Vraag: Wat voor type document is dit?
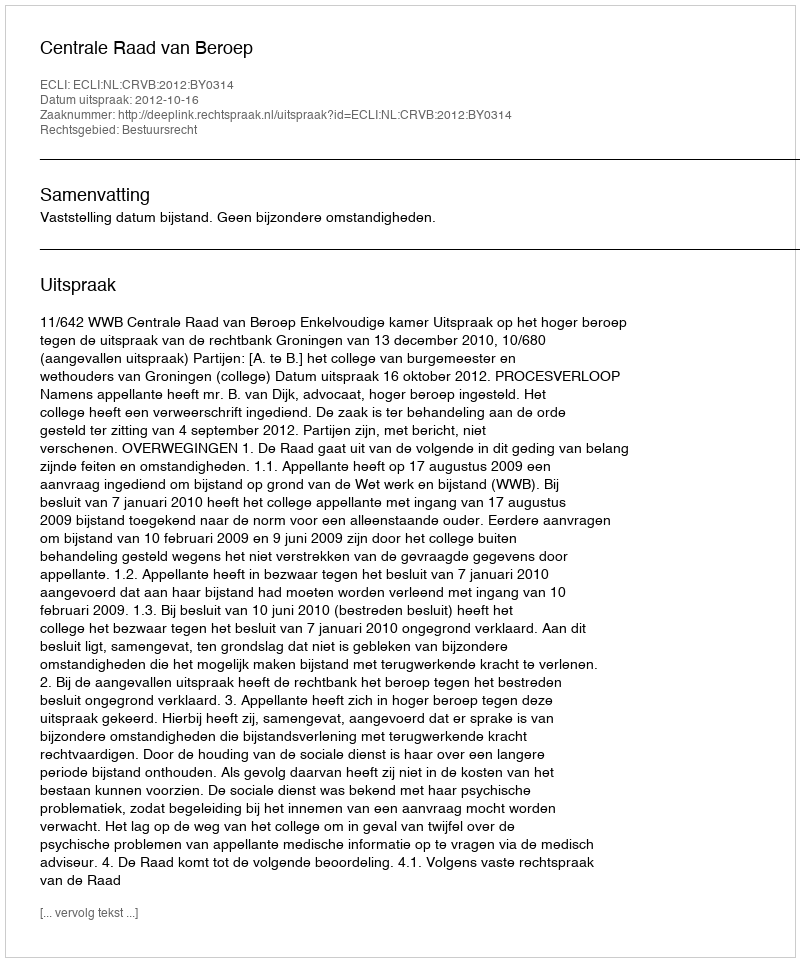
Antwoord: Uitspraak